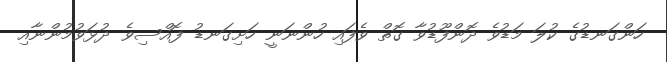
ހަންގަނޑުގެ ކުލަ މަޑުވެ ދޮންފޫޑުވާ ގޮތް ވެފައި ހުންނަނީ ހަށިގަނޑު ފޮއްސިވެ ދުޅަވުމުންނާއި